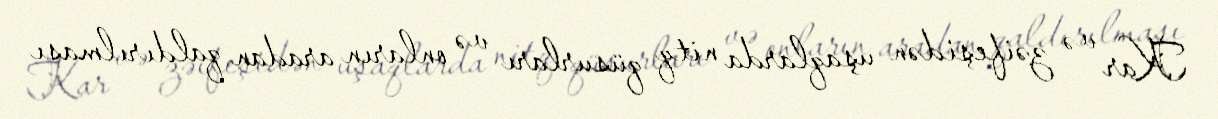
Kar və zəifeşidən uşaqlarda nitq qüsurları və onların aradan qaldırılması